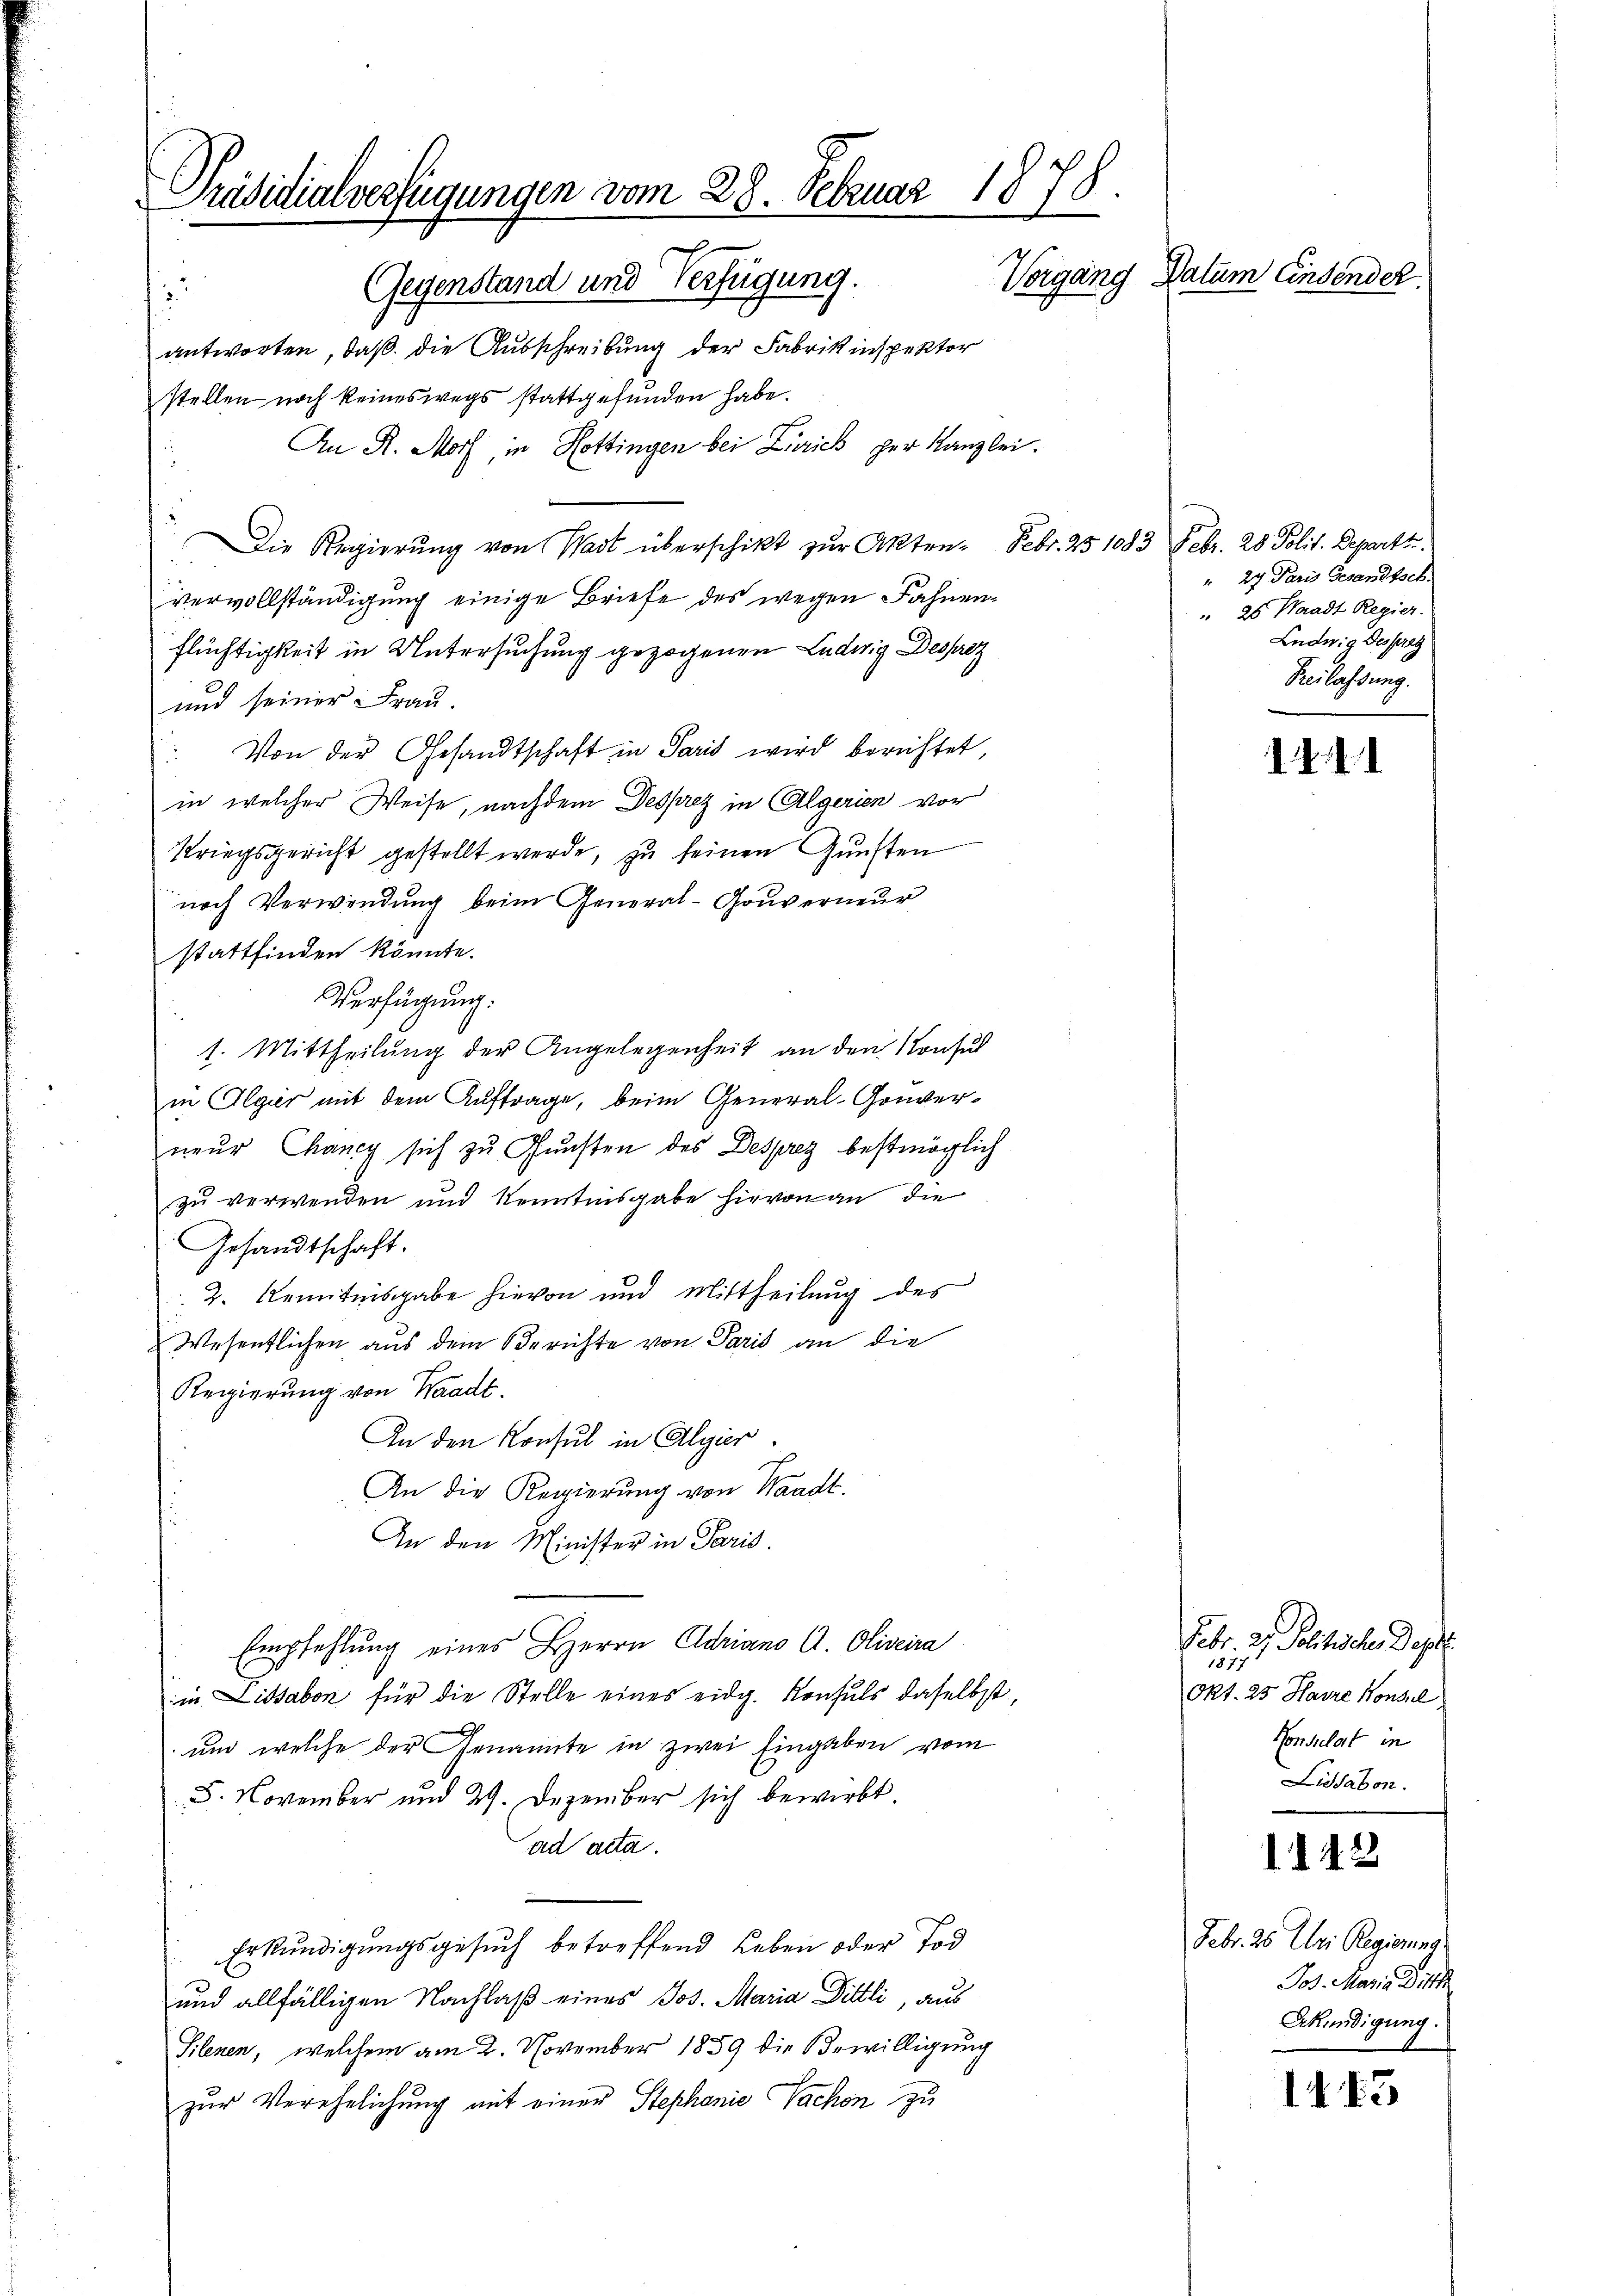
Präsidialverfügungen vom 28. Februar 1878.
Vorgang Datum Einsender.
Gegenstand und Verfügung.
i
antworten, daß die Ausschreibung der Fabrikinspektor

stellen noch keineswegs stattgefunden habe.
An R. Morf, in Hottingen bei Zürich per Kanzlei.
Die Regierŭng von Wart überschikt zŭr Akten. Febr. 25 1083 Febr. 28 Polit. Departi
vervollständigung einige Briefe des wegen Fahnen¬
Flüchtigkeit in Untersuchung gezogenen Ludwig Desproz
und seiner Frau.
Von der Gesandtschaft in Paris wird berichtet,
1
in welcher Weise, nachdem Desprez in Algerien vor
Kriegsgericht gestellt werde, zu seinen Gunsten
nach Verwendung beim General-Gouverneur
stattfinden könnte.
Verfügung.
1. Mittheilung der Angelegenheit an den Konsul
in Algir mit dem Auftrage, beim General-Gouverneŭr Chancy sich zu Gunsten des Desprez bestmöglich
zu verwenden und Kenntnisgabe hievon an die
Gesandtschaft.
2. Kenntnisgabe hievon und Mittheilung des
Wesentlichen aus dem Berichte von Paris an die
Regierung von Waadt.
An den Konsul in Algier
An die Regierung von Waadt.
An den Minister in Paris.
Empfehlung eines Herrn Adriano A. Oliveira
in Lissabon für die Stelle eines eidg. Konsuls daselbst,
un welche der Genannte in zwei Eingaben vom
8. November und 29. Dezember sich bewirkt.
ad acta.
Erkundigungsgesuch betreffend Leben oder Tod
und allfälligen Nachlaß eines Jos. Maria Dittli, aus
Silenen, welchem am 2. November 1859 die Bewilligung
zur Verehelichung mit einer Stephanie Sachen zu

" 27 Paris Gesandtsch
 25. Waadt Regier.
Ludwig desstrag
Beilassung.

1411

Febr. 2. Politischen Dep
g
Okt. 25 Harze Konsul
Consulat in
Lisabon.

1142

Febr. 26. Uri Regierung
Jos. Maria Ditt
Erkündigung.

1415